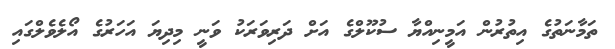
ތަމާނަތުގެ އިތުރުން އަމީނިއްޔާ ސުކޫލްގެ އަށް ދަރިވަރަކު ވަނީ މިދިޔަ އަހަރުގެ އޯލެވެލްގައި